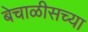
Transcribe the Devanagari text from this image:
बेचाळीसच्या